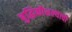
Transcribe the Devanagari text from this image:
बुद्धिकौशल्याची